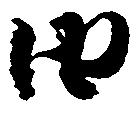
由